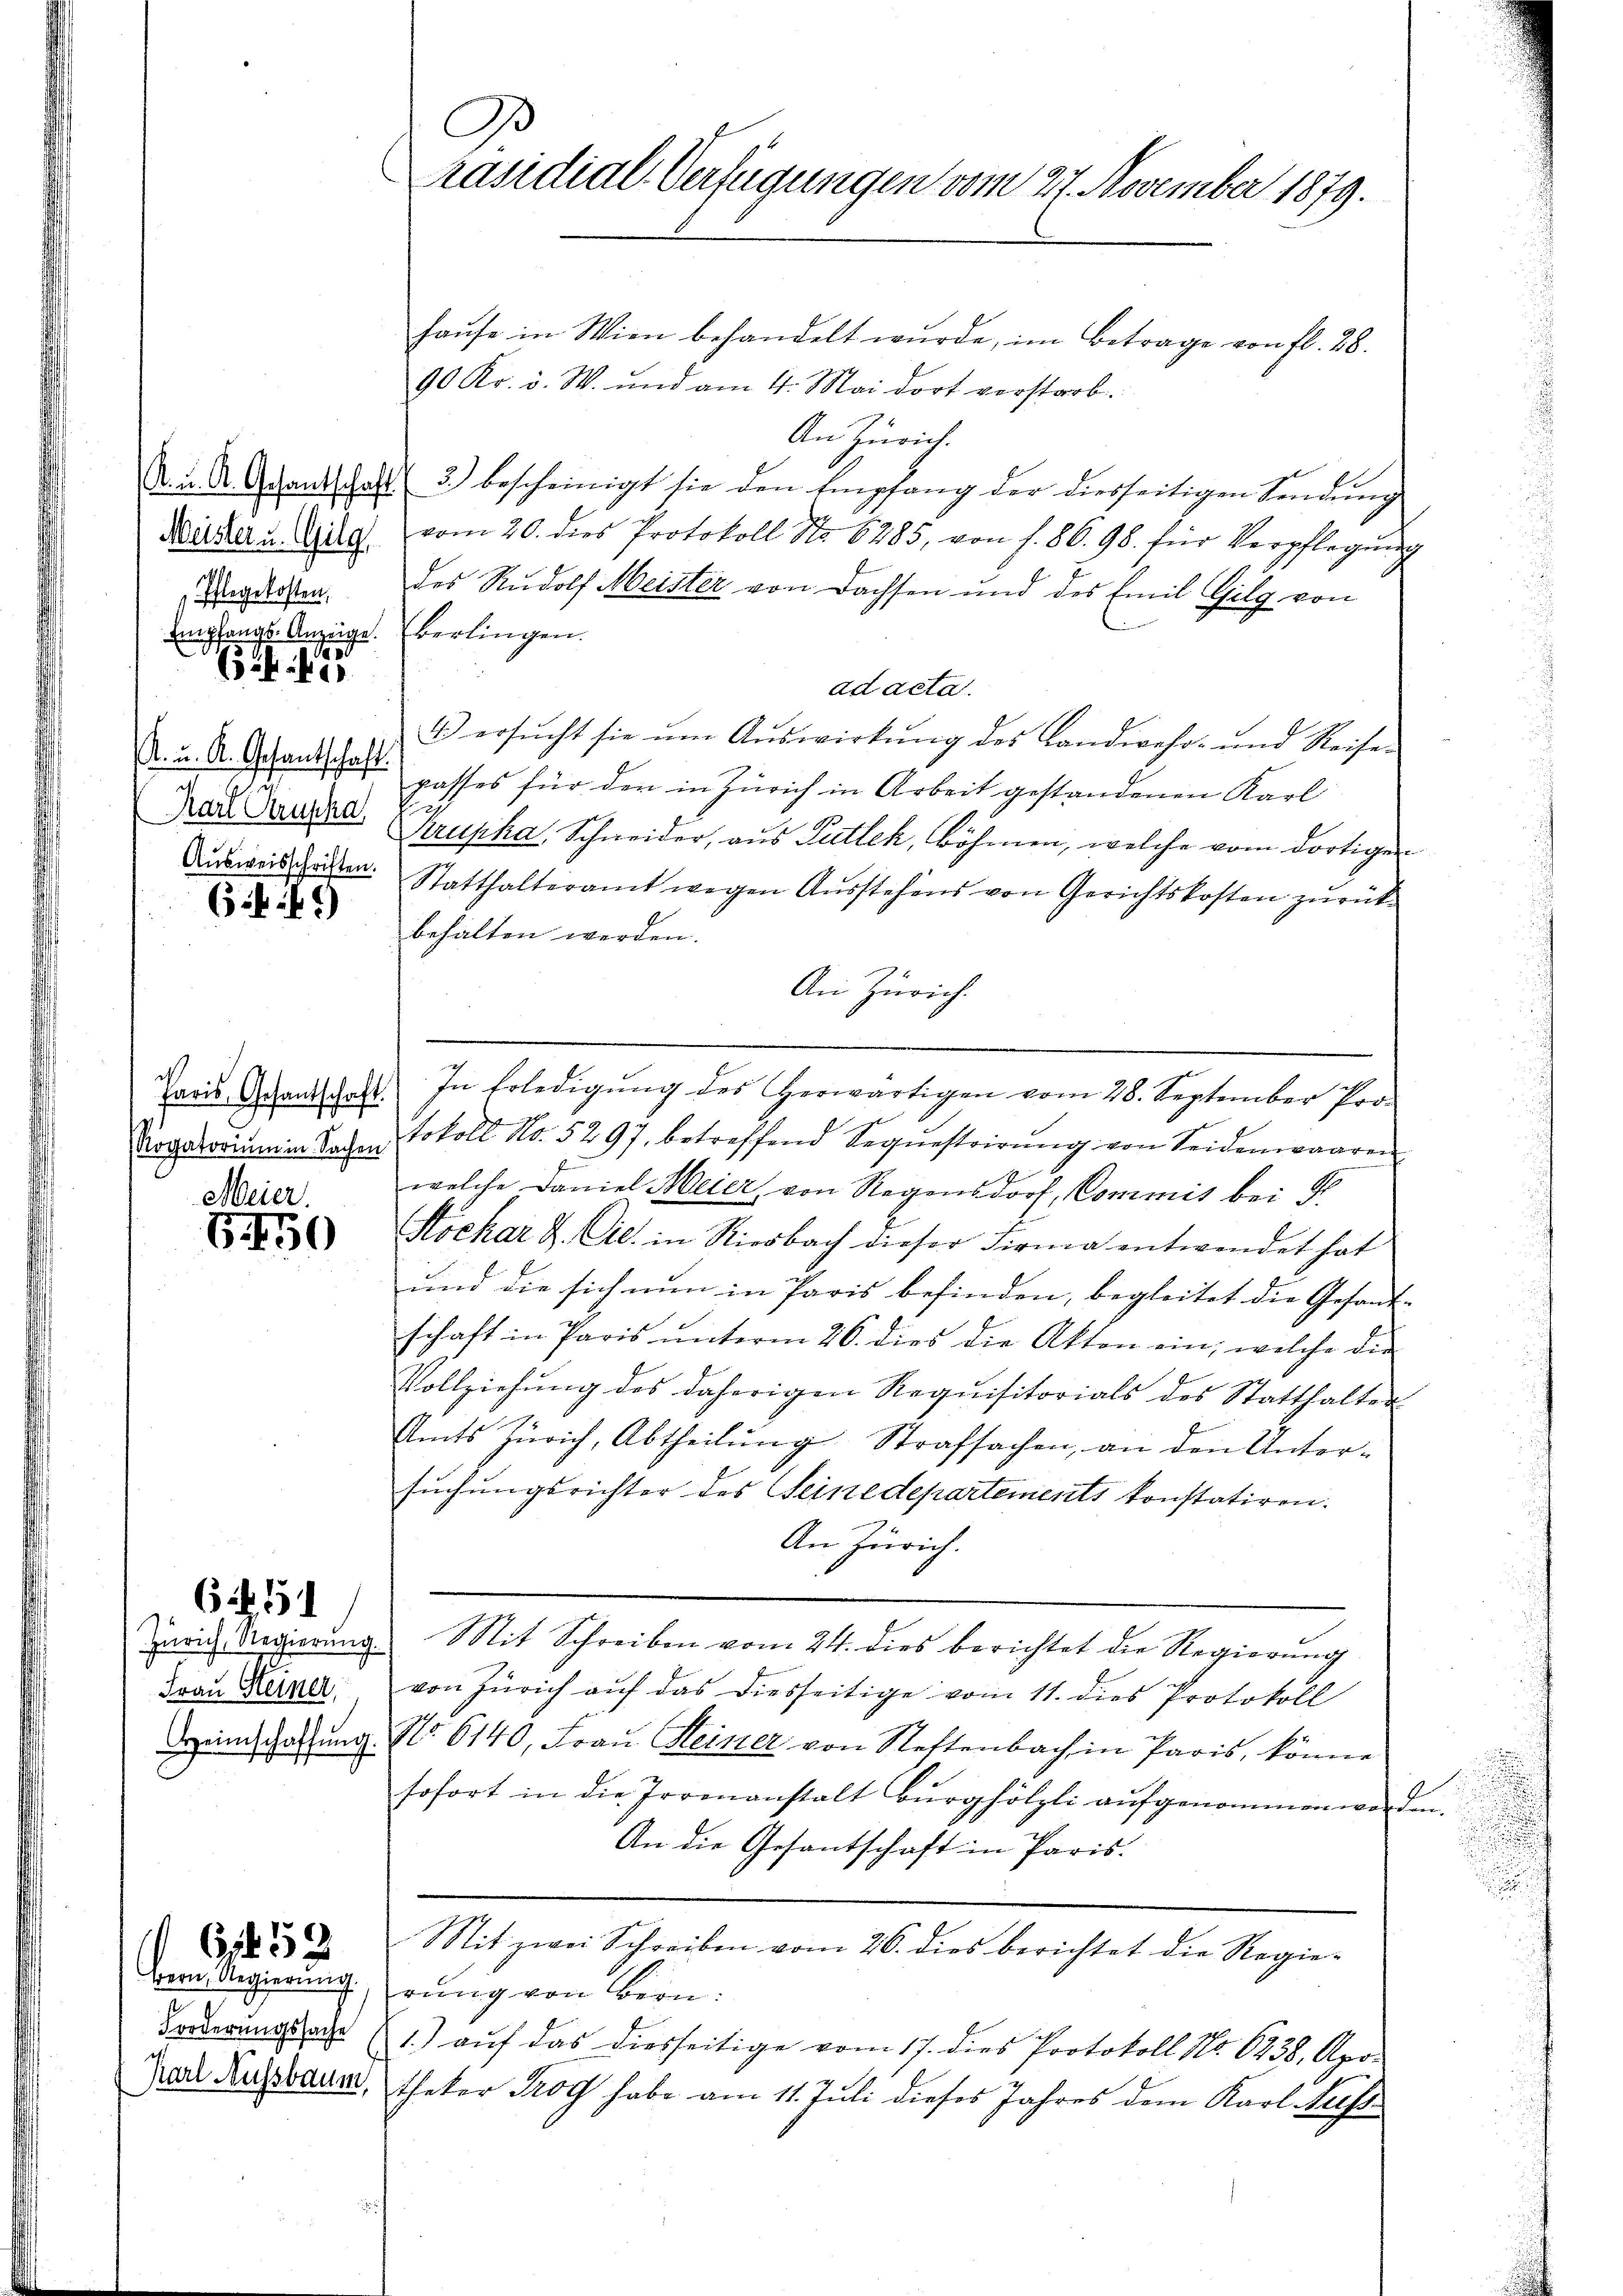
Meister u. Gilg
Pflegekosten,
Empfangs-Anzeige. Berlingen.
adast

K. u. K. Gesantschaft.
Karl Prusha
Ausweisschriften.

(5 f. 49)

Meier.
5450

Frau Steiner

6251

Bern, Regierung
Forderungssache
Karl Aussbaum,

G1652

C
Präsidial-Verfügungen vom 27. November 1879.

haŭse in Wien behandelt wurde, im Betrage von fl. 28.
90 Kr. v. W. und am 4. Mai dort verstarb.
An Zürich.
A. u. A. Grandtschaft 3) bescheinigt sie den Empfang der diesseitigen Sendung
vom 20. dies Protokoll No 6285, von f. 86. 98. für Verpflegŭng
des Rudolf Meister von Dachsen und des Emil Gilg von
ad acta.
4) ersucht sie um Auswirkung des Landwehr- und Reisen
passes für den in Zürich in Arbeit gestandenen Karl
Krupha, Schneider, aus Futtek, Böhmen, welche vom dortigen
Statthalteramt wegen Ausstehens von Gerichtskosten zurückbehalten werden.
An Zürich.
Paris Gesandtschaft. In Erledigŭng des Herwärtigen vom 28. September Pro-
Rogatorium in Sachen Lokoll No. 5297. betreffend Sequestrirŭng von Seidenwaaren
welche Daniel Meier, von Regensdorf, Commis bei Gr
Höckar d. Cie in Riesbach dieser Firma entwendet hat
und die sich nun in Paris befinden, begleitet die Gesand-
schaft in Paris ŭnterm 26. dies die Akten ein, welche die
Vollziehŭng des daherigen Requisitorials des Statthalter
Amts Zürich, Abtheilung Strafsachen, an den Untersuchungsrichter des Seinedepartements konstatiren.
An Zürich.
Zürich Regierŭng. Mit Schreiben vom 24. dies berichtet die Regierŭng
von Zürich aŭf das diesseitige vom 11. dies Protokoll
Dreinschaffung No 6140, Frau Meiner von Neftenbach in Paris, könne
sofort in die Irrenanstalt Burghölzli aŭfgenommen worden.
An die Gesantschaft in Paris.
Mit zwei Schreiben vom 26. dies berichtet die Regierung von Bern:
1.) auf das diesseitige vom 17. dies Protokoll No. 6238, Apo-
theker Prog habe am 11. Juli dieses Jahres dem Karl Nees